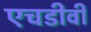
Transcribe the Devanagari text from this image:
एचडीवी